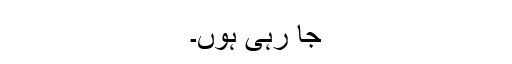
جا رہی ہوں۔